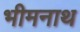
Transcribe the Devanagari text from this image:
भीमनाथ